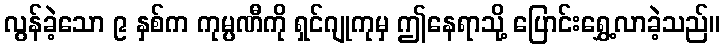
လွန်ခဲ့သော ၉ နှစ်က ကုမ္ပဏီကို ရှင်ဂျုကုမှ ဤနေရာသို့ ပြောင်းရွှေ့လာခဲ့သည်။